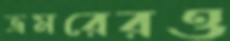
ভ্রমরেরও